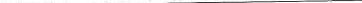
___